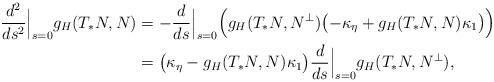
LaTeX: \begin{align*}\frac{d^2}{ds^2}\Big\lvert_{s=0}g_H(T_*N,N)&=-\frac{d}{ds}\Big\lvert_{s=0}\Bigl(g_H(T_*N,N^\perp)\bigl(-\kappa_\eta+g_H(T_*N,N)\kappa_1\bigr)\Bigr)\\&=\bigl(\kappa_\eta-g_H(T_*N,N)\kappa_1\bigr)\frac{d}{ds}\Big\lvert_{s=0}g_H(T_*N,N^\perp),\end{align*}